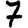
Digit: 7